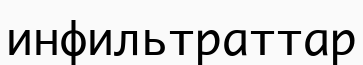
инфильтраттар